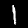
Label: 1